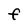
Character: f